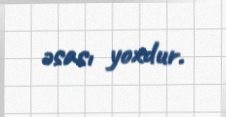
əsası yoxdur.